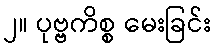
၂။ ပုဗ္ဗကိစ္စ မေးခြင်း